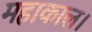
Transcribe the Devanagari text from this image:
महाकाल।